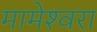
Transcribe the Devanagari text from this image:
मामेश्‍वरा